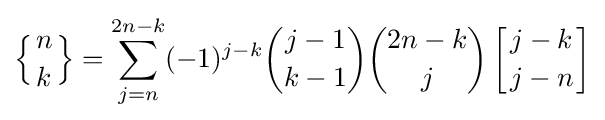
\left\{{n \atop k}\right\}=\sum _{j=n}^{2n-k}(-1)^{j-k}{\binom {j-1}{k-1}}{\binom {2n-k}{j}}\left[{j-k \atop j-n}\right]